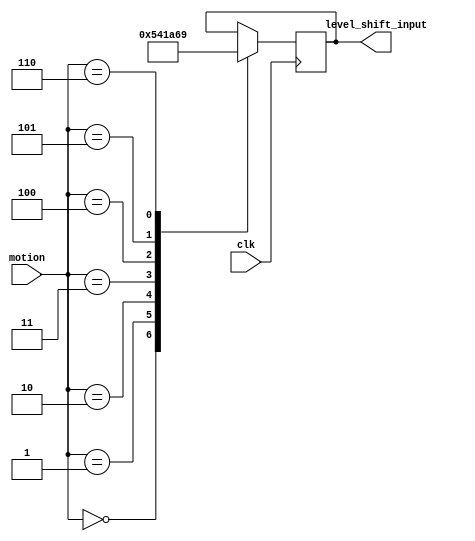
module SB1287_motor_control(
 input clk,
 input [2:0]motion,
 output reg [3:0]level_shift_input
);
//motor control logic 
/*
clockwise=(+)
anticlockwise=(-)
do nothing=(x)
                     motor movement 
 traverse|bot moves|    ML     MR   |4 bit value of level shift input
 0        stop     |    x      x    |    0000
 1			 forward  |    +      +    |    0000
 2			 left     |    x      +    |    0000
 3			 right    |    +      x    |    0000
 4			 uturn    |    +      -    |    0000    //taking turn from right hand side 
 5        left_turn|    -      +    |    0000
 6       right_turn|    +      -    |    0000
 */
 
//

always @(posedge clk)begin
case(motion)
                       //RRLL
 0: level_shift_input=4'b0000;
 1: level_shift_input=4'b0101; //forward
 2: level_shift_input=4'b0100; //left
 3: level_shift_input=4'b0001; //right
 4: level_shift_input=4'b1010; //reverse 
 5: level_shift_input=4'b0110; //left_turn
 6: level_shift_input=4'b1001; //right_turn
endcase
end
endmodule